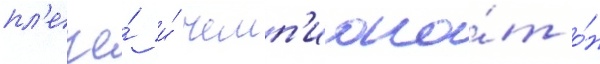
пл'ече́ и́ чемп'иона́т о́н